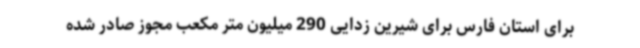
برای استان فارس برای شیرین زدایی 290 میلیون متر مکعب مجوز صادر شده